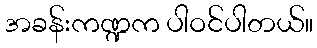
အခန်းကဏ္ဍက ပါဝင်ပါတယ်။